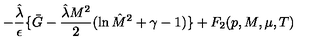
- { \frac { \hat { \lambda } } { \epsilon } } \{ \bar { G } - { \frac { { \hat { \lambda } } M ^ { 2 } } { 2 } } ( \ln { \hat { M } } ^ { 2 } + \gamma - 1 ) \} + F _ { 2 } { ( p , M , \mu , T ) }